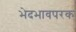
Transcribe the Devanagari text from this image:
भेदभावपरक